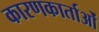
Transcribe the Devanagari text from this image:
कारणकार्ताओं